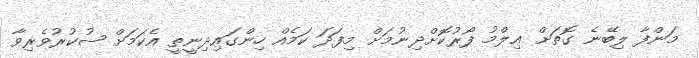
މަންފާ ލިބޭނެ ގޮތަށް ޢިލްމު ފޯރުކޮށްދިނުމަށް މިފަދަ ކަމެއް ހިންގައިދިނީތީ އެކަމަށް ޝުކުރުވެރިވާ